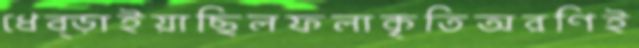
ধেব্‌ড়াইয়াছিলফলাকৃতিঅরণিই